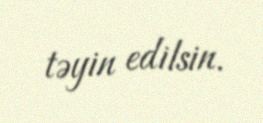
təyin edilsin.